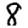
Digit: 8